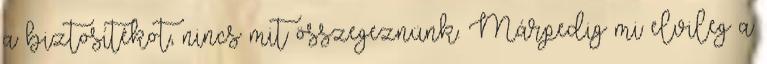
a biztosítékot, nincs mit összegeznünk. Márpedig mi elvileg a